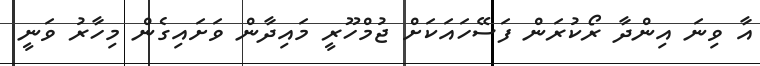
އާ ވިނަ އިންދާ ރޯކުރަން ފަސޭހައަކަށް ޖުމްހޫރީ މައިދާން ވަށައިގެން މިހާރު ވަނީ